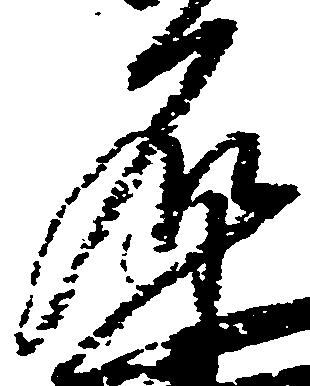
名